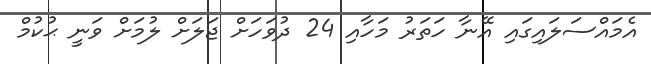
އެމައްސަލައިގައި އޭނާ ހަތަރު މަހާއި 24 ދުވަހަށް ޖަލަށް ލުމަށް ވަނީ ޙުކުމް